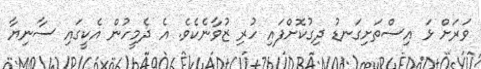
ވަރަށް ޅަ އިސްތަށިގަނޑު ދިގުކޮށްފައި ހުރި ޒުވާނެކެވެ. އެ ދެމީހުން އެކީގައި ސާނިޔާ